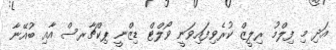
އަދި މި ފިލްމު ރިލީޒް ކުރެވިފައިވަނީ ވޯލްޓް ޑިޒްނީ ޕިކްޗާރސް އާއި ބުއޭނާ